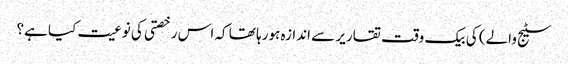
سٹیج والے) کی بیک وقت تقاریر سے اندازہ ہورہا تھا کہ اس رخصتی کی نوعیت کیا ہے؟